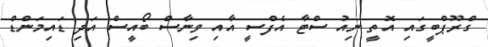
ގްރޫޕްބީގައި އޮތީ ނިއު ސްޓާ އެފްސީ އާއި ވިނާސް ބޯއީސް އަދި ޑައިމަންޑް